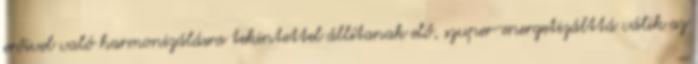
erőivel való harmonizálásra tekintettel állítanak elő, szuper-energetizálttá válik az